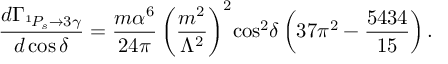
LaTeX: \frac { d \Gamma _ { ^ 1 \! P _ { s } \to 3 \gamma } } { d \cos \delta } = \frac { m \alpha ^ { 6 } } { 2 4 \pi } \left( \frac { m ^ { 2 } } { \Lambda ^ { 2 } } \right) ^ { 2 } \! \cos ^ { 2 } \! \delta \left( 3 7 \pi ^ { 2 } - \frac { 5 4 3 4 } { 1 5 } \right) .